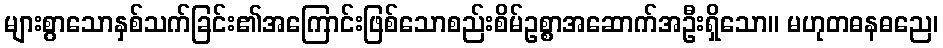
များစွာသောနှစ်သက်ခြင်း၏အကြောင်းဖြစ်သောစည်းစိမ်ဥစ္စာအဆောက်အဦးရှိသော။ မဟုတဓနဓညေ၊